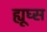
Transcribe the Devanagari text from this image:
ह्यूघ्स